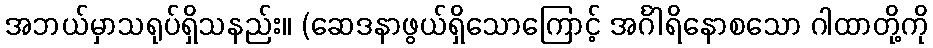
အဘယ်မှာသရုပ်ရှိသနည်း။ (ဆေဒနာဖွယ်ရှိသောကြောင့် အင်္ဂါရိနောစသော ဂါထာတို့ကို